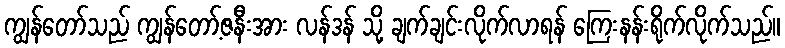
ကျွန်တော်သည် ကျွန်တော့်ဇနီးအား လန်ဒန် သို့ ချက်ချင်းလိုက်လာရန် ကြေးနန်းရိုက်လိုက်သည်။